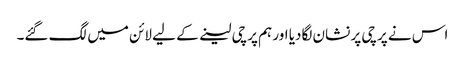
اس نے پرچی پر نشان لگادیا اور ہم پرچی لینے کے لیے لائن میں لگ گئے۔